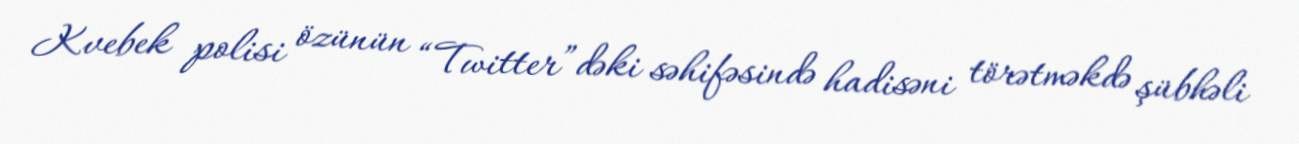
Kvebek polisi özünün “Twitter”dəki səhifəsində hadisəni törətməkdə şübhəli